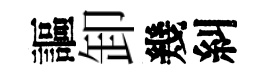
謳卸幾糾